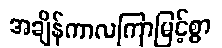
အချိန်ကာလကြာမြင့်စွာ